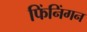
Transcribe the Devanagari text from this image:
फिंनिंगन